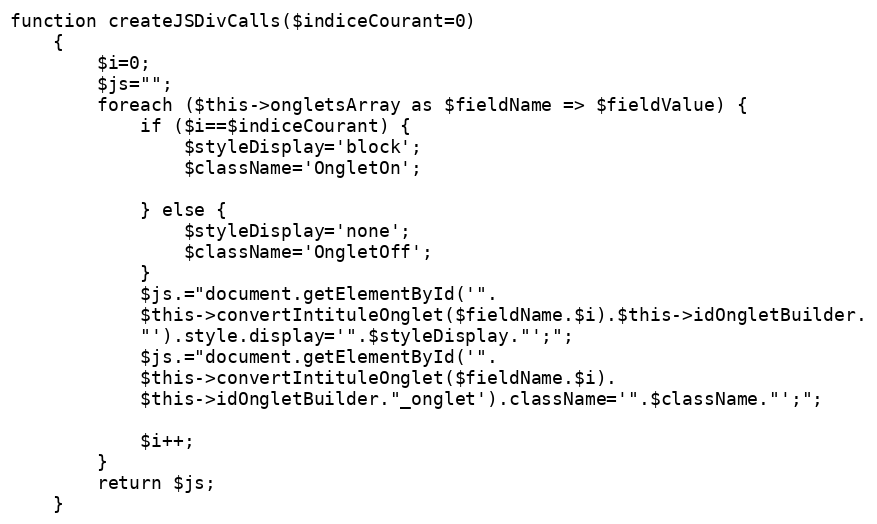
Language: PHP
function createJSDivCalls($indiceCourant=0)
    {
        $i=0;
        $js="";
        foreach ($this->ongletsArray as $fieldName => $fieldValue) {
            if ($i==$indiceCourant) {
                $styleDisplay='block';
                $className='OngletOn';

            } else {
                $styleDisplay='none';
                $className='OngletOff';
            }
            $js.="document.getElementById('".
            $this->convertIntituleOnglet($fieldName.$i).$this->idOngletBuilder.
            "').style.display='".$styleDisplay."';";
            $js.="document.getElementById('".
            $this->convertIntituleOnglet($fieldName.$i).
            $this->idOngletBuilder."_onglet').className='".$className."';";

            $i++;
        }
        return $js;
    }